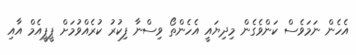
އެހެން ނަމަވެސް ކަންވެގެން މިދިޔައީ އެހެންތޯ ވިސްނާ ފިކުރު ކުރެއްވުމަށް ޕީޕީއެމް އާއި